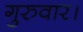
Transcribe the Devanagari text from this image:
गुरुवार।